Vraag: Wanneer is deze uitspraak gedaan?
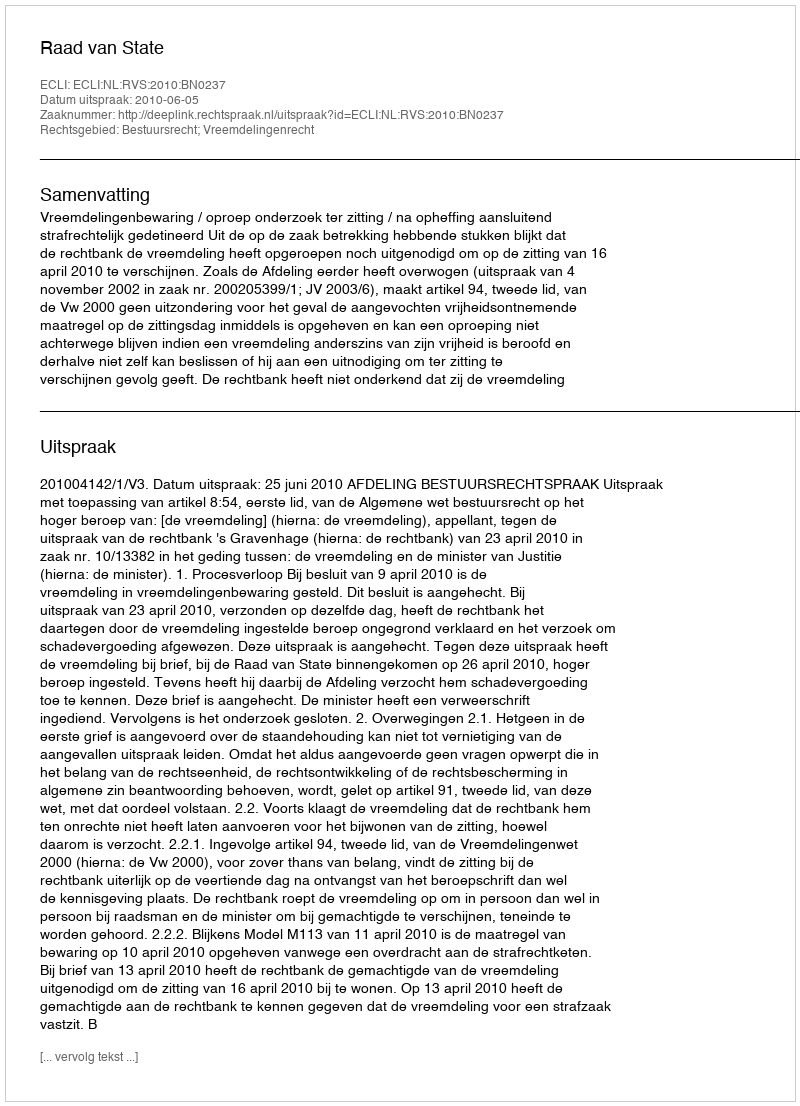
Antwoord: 2010-06-05